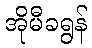
အိုမီခရွန်